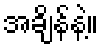
အချိန်နဲ့။